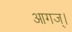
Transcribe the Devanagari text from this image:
आगज्।